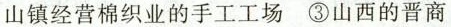
山镇经营棉织业的手工工场 ③山西的晋商